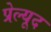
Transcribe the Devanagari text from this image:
प्रेल्यूद